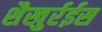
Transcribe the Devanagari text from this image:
शैखुर्रईस